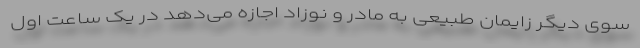
سوی دیگر زایمان طبیعی به مادر و نوزاد اجازه می‌دهد در یک ساعت اول